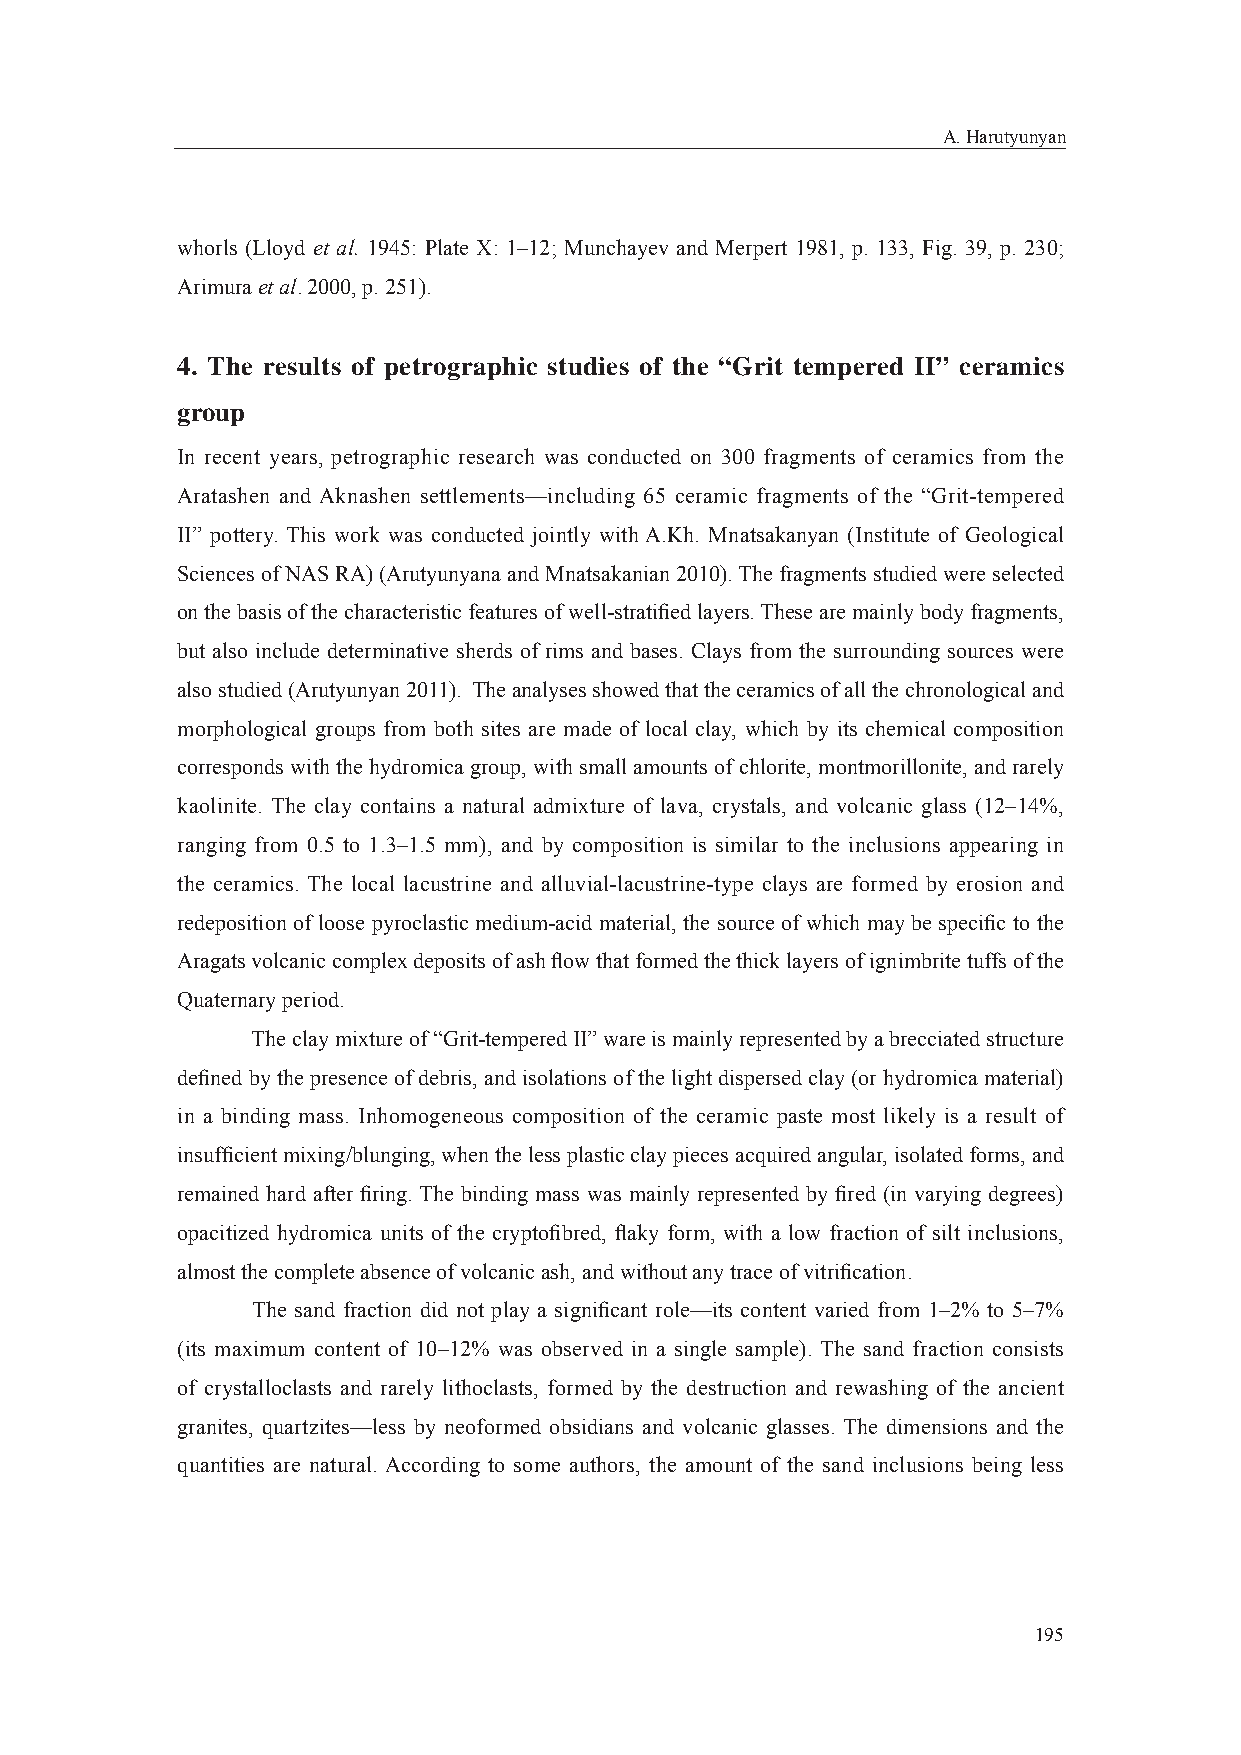
A. Harutyunyan
 whorls (Lloyd et al. 1945: Plate X: 1–12; Munchayev and Merpert 1981, p. 133, Fig. 39, p. 230;
 Arimura et al. 2000, p. 251).
 4. The results of petrographic studies of the “Grit tempered II” ceramics
 group
 In recent years, petrographic research was conducted on 300 fragments of ceramics from the
 Aratashen and Aknashen settlements—including 65 ceramic fragments of the “Grit-tempered
 II” pottery. This work was conducted jointly with A.Kh. Mnatsakanyan (Institute of Geological
 Sciences of NAS RA) (Arutyunyana and Mnatsakanian 2010). The fragments studied were selected
 on the basis of the characteristic features of well-stratifi ed layers. These are mainly body fragments,
 but also include determinative sherds of rims and bases. Clays from the surrounding sources were
 also studied (Arutyunyan 2011). The analyses showed that the ceramics of all the chronological and
 morphological groups from both sites are made of local clay, which by its chemical composition
 corresponds with the hydromica group, with small amounts of chlorite, montmorillonite, and rarely
 kaolinite. The clay contains a natural admixture of lava, crystals, and volcanic glass (12–14%,
 ranging from 0.5 to 1.3–1.5 mm), and by composition is similar to the inclusions appearing in
 the ceramics. The local lacustrine and alluvial-lacustrine-type clays are formed by erosion and
 redeposition of loose pyroclastic medium-acid material, the source of which may be specifi c to the
 Aragats volcanic complex deposits of ash fl ow that formed the thick layers of ignimbrite tuffs of the
 Quaternary period.
 The clay mixture of “Grit-tempered II” ware is mainly represented by a brecciated structure
 defi ned by the presence of debris, and isolations of the light dispersed clay (or hydromica material)
 in a binding mass. Inhomogeneous composition of the ceramic paste most likely is a result of
 insuffi cient mixing/blunging, when the less plastic clay pieces acquired angular, isolated forms, and
 remained hard after fi ring. The binding mass was mainly represented by fi red (in varying degrees)
 opacitized hydromica units of the cryptofi bred, fl aky form, with a low fraction of silt inclusions,
 almost the complete absence of volcanic ash, and without any trace of vitrifi cation.
 The sand fraction did not play a signifi cant role—its content varied from 1–2% to 5–7%
 (its maximum content of 10–12% was observed in a single sample). The sand fraction consists
 of crystalloclasts and rarely lithoclasts, formed by the destruction and rewashing of the ancient
 granites, quartzites—less by neoformed obsidians and volcanic glasses. The dimensions and the
 quantities are natural. According to some authors, the amount of the sand inclusions being less
 195